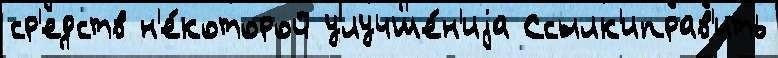
ср'едств н'е́которой улучше́н'иjа Ссылк'иправ'ить